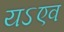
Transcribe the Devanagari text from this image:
यऽएव